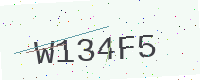
Text: W134F5